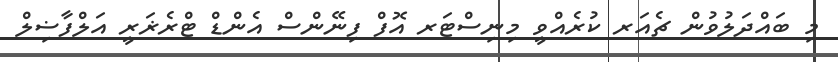
މި ބައްދަލުވުން ޗެއަރ ކުރެއްވީ މިނިސްޓަރ އޮފް ފިނޭންސް އެންޑް ޓްރެޜަރީ އަލްފާޟިލް